Report of the Indian Hemp Drugs Commission, 1894-1895 - Volume V
Year: 1894
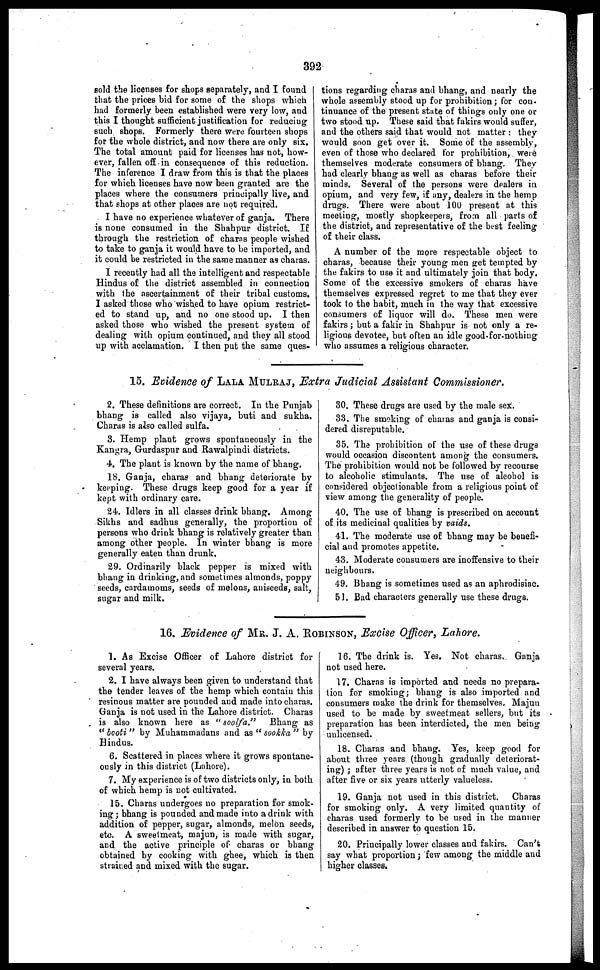
392
sold the licenses for shops separately, and I found
that the prices bid for some of the shops which
had formerly been established were very low, and
this I thought sufficient justification for reducing
such shops. Formerly there were fourteen shops
for the whole district, and now there are only six.
The total amount paid for licenses has not, how-
ever, fallen off in consequence of this reduction.
The inference I draw from this is that the places
for which licenses have now been granted are the
places where the consumers principally live, and
that shops at other places are not required.
I have no experience whatever of ganja. There
is none consumed in the Shahpur district. If
through the restriction of charas people wished
to take to ganja it would have to be imported, and
it could be restricted in the same manner as charas.
I recently had all the intelligent and respectable
Hindus of the district assembled in connection
with the ascertainment of their tribal customs.
I asked those who wished to have opium restrict-
ed to stand up, and no one stood up. I then
asked those who wished the present system of
dealing with opium continued, and they all stood
up with acclamation. I then put the same ques-
tions regarding charas and bhang, and nearly the
whole assembly stood up for prohibition; for con-
tinuance of the present state of things only one or
two stood up. These said that fakirs would suffer,
and the others said that would not matter: they
would soon get over it. Some of the assembly,
even of those who declared for prohibition, were
themselves moderate consumers of bhang. They
had clearly bhang as well as charas before their
minds. Several of the persons were dealers in
opium, and very few, if any, dealers in the hemp
drugs. There were about 100 present at this
meeting, mostly shopkeepers, from all parts of
the district, and representative of the best feeling
of their class.
A number of the more respectable object to
charas, because their young men get tempted by
the fakirs to use it and ultimately join that body.
Some of the excessive smokers of charas have
themselves expressed regret to me that they ever
took to the habit, much in the way that excessive
consumers of liquor will do. These men were
fakirs; but a fakir in Shahpur is not only a re-
ligious devotee, but often an idle good-for-nothing
who assumes a religious character.
15. Evidence of LALA MULRAJ , Extra Judicial Assistant Commissioner.
2. These definitions are correct. In the Punjab
bhang is called also vijaya, buti and sukha.
Charas is also called sulfa.
3. Hemp plant grows spontaneously in the
Kangra, Gurdaspur and Rawalpindi districts.
4. The plant is known by the name of bhang.
18. Ganja, charas and bhang deteriorate by
keeping. These drugs keep good for a year if
kept with ordinary care.
24. Idlers in all classes drink bhang. Among
Sikhs and 6adhus generally, the proportion of
persons who drink bhang is relatively greater than
among other people. In winter bhang is more
generally eaten than drunk.
29. Ordinarily black pepper is mixed with
bhang in drinking, and sometimes almonds, poppy
seeds, cardamoms, seeds of melons, aniseeds, salt,
sugar and milk.
80. These drugs are used by the male sex.
33. The smoking of charas and ganja is consi-
dered disreputable.
35. The prohibition of the use of these drugs
would occasion discontent among the consumers.
The prohibition would not be followed by recourse
to alcoholic stimulants. The use of alcohol is
considered objectionable from a religious point of
view among the generality of people.
40. The use of bhang is prescribed on account
of its medicinal qualities by vaids.
41. The moderate use of bhang may be benefi-
cial and promotes appetite,
43. Moderate consumers are inoffensive to their
neighbours.
49. Bhang is sometimes used as an aphrodisiac.
51. Bad characters generally use these drugs.
16. Evidence of MR. J. A. ROBINSON, Excise Officer, Lahore.
1. As Excise Officer of Lahore district for
several years.
2. I have always been given to understand that
the tender leaves of the hemp which contain this
resinous matter are pounded and made into charas.
Ganja is not used in the Lahore district. Charas
is also known here as "soolfa."
Bhang as
"booti" by Muhammadans and as "sookka" by
Hindus.
6. Scattered in places where it grows spontane-
ously in this district (Lahore).
7. My experience is of two districts only, in both
of which hemp is not cultivated.
15. Charas undergoes no preparation for smok-
ing; bhang is pounded and made into a drink with
addition of pepper, sugar, almonds, melon seeds,
etc. A sweetmeat, majun, is made with sugar,
and the active principle of charas or bhang
obtained by cooking with ghee, which is then
strained and mixed with the sugar.
16. The drink is. Yes. Not charas. Ganja
not used here.
17. Charas is imported and needs no prepara-
tion for smoking; bhang is also imported and
consumers make the drink for themselves. Majun
used to be made by sweetmeat sellers, but its
preparation has been interdicted, the men being
unlicensed.
18. Charas and bhang. Yes, keep good for
about three years (though gradually deteriorat-
ing); after three years is not of much value, and
after five or six years utterly valueless.
19. Ganja not used in this district. Charas
for smoking only. A very limited quantity of
charas used formerly to be used in the manner
described in answer to question 15.
20. Principally lower classes and fakirs. Can't
say what proportion; few among the middle and
higher classes.